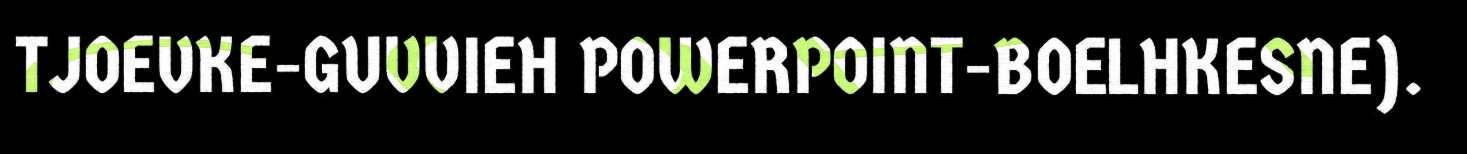
TJOEVKE-GUVVIEH POWERPOINT-BOELHKESNE).